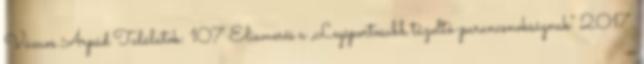
Vámos Árpád Találatok: 107 Elismerés a „Legsportosabb tűzoltó-parancsnokságnak” 2017.